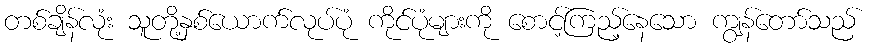
တစ်ချိန်လုံး သူတို့နှစ်ယောက်လုပ်ပုံ ကိုင်ပုံများကို စောင့်ကြည့်နေသော ကျွန်တော်သည်